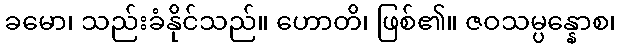
ခမော၊ သည်းခံနိုင်သည်။ ဟောတိ၊ ဖြစ်၏။ ဇဝသမ္ပန္နောစ၊